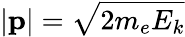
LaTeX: |\mathbf{p}|={\sqrt{2m_{e}E_{k}}}